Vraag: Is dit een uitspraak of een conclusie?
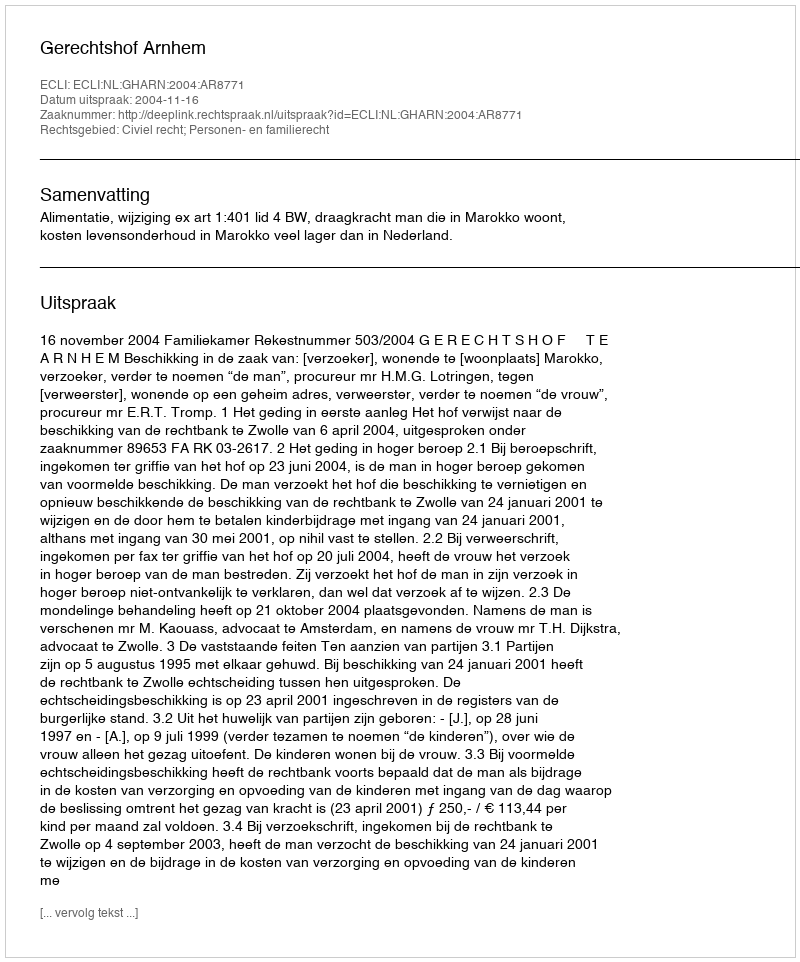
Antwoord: Uitspraak